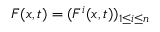
F ( x , t ) = ( F ^ { i } ( x , t ) ) _ { 1 \leq i \leq n }